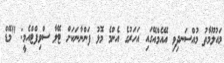
މައުލޫމާތު މުއްސަނދިވި އޭއެމްއޭގައި އަހަރުގެ އެންމެ މޮޅު ފަންނާނަކަށް ޓޭލާ ސްވިފްޓްއެމީ: "މޭޑް